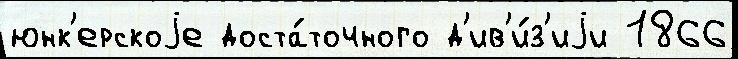
юнк'ерскоjе доста́точного д'ив'и́з'иjи 1866